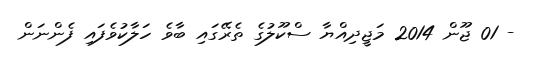
- 01 ޖޫން 2014 މަޖީދިއްޔާ ސްކޫލުގެ ތެރޭގައި ބާވެ ހަލާކުވެފައި ފެންނަން